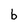
Character: b